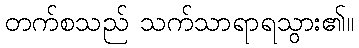
တက်စသည် သက်သာရာရသွား၏။